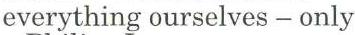
everything ourselves - only